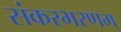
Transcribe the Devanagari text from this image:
संकरभरणम्